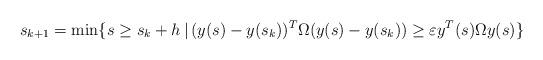
LaTeX: \begin{align*}s_{k+1}=\min\{s\geq s_k+h\,|\,(y(s)-y(s_k))^T\Omega(y(s)-y(s_k))\geq\varepsilon y^T(s)\Omega y(s)\}\end{align*}